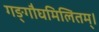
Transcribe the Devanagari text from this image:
गङ्गौघमिलितम्।